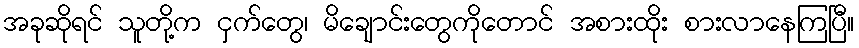
အခုဆိုရင် သူတို့က ငှက်တွေ၊ မိချောင်းတွေကိုတောင် အစားထိုး စားလာနေကြပြီ။